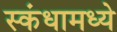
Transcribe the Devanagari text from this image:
स्कंधामध्ये